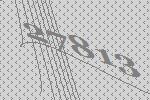
27813